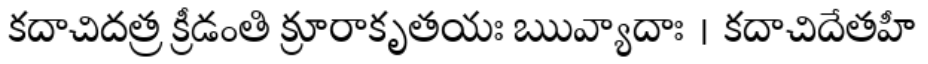
కదాచిదత్ర క్రీడంతి క్రూరాకృతయః ఋవ్యాదాః । కదాచిదేతహీ